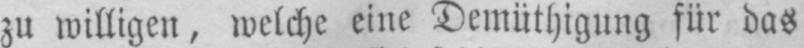
zu willigen, welche eine Demütigung für das